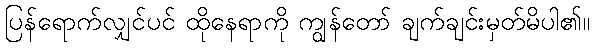
ပြန်ရောက်လျှင်ပင် ထိုနေရာကို ကျွန်တော် ချက်ချင်းမှတ်မိပါ၏။